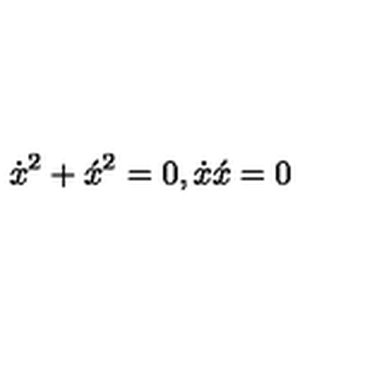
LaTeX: \dot { x } ^ { 2 } + \acute { x } ^ { 2 } = 0 , \dot { x } \acute { x } = 0